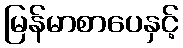
မြန်မာစာပေနှင့်